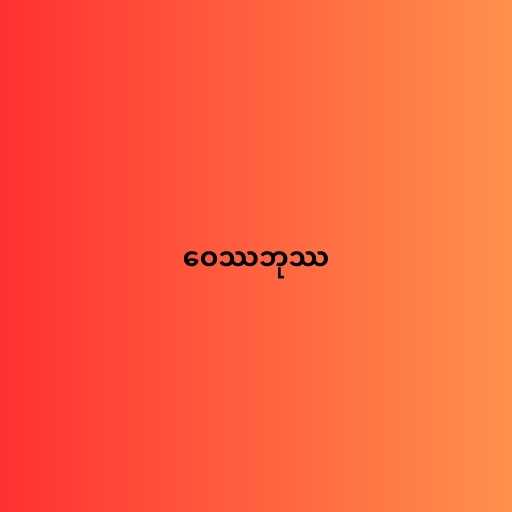
ဝေဿဘုဿ